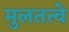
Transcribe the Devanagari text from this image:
मुलतत्वे